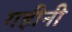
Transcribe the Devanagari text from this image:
गहीनी